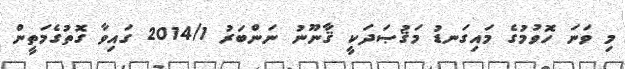
މި ވަނަ ހޮވުމުގެ މައިގަނޑު މަޤުޞަދަކީ ޤާނޫނު ނަންބަރު 2014/1 ގައިވާ ގޮތުގެމަތީން